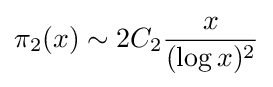
\pi _{2}(x)\sim 2C_{2}{\frac {x}{(\log x)^{2}}}